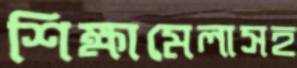
শিক্ষামেলাসহ